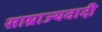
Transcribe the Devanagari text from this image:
साम्राज्‍यवादी